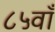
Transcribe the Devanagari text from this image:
८५वाँ